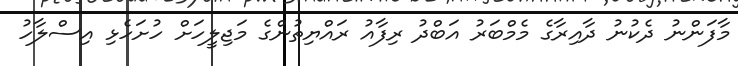
މާފަންނު ދެކުނު ދާއިރާގެ މެމްބަރު އަބްދު ރިފާއު ރައްޔިތުންގެ މަޖިލީހަށް ހުށަހެޅި އިސްލާހު